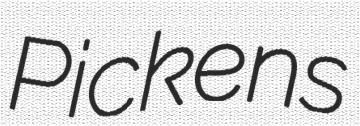
Pickens